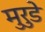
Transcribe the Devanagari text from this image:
मुरुडे